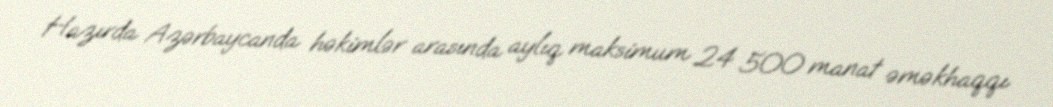
Hazırda Azərbaycanda həkimlər arasında aylıq maksimum 24 500 manat əməkhaqqı